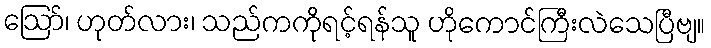
ဪ၊ ဟုတ်လား၊ သည်ကကိုရင့်ရန်သူ ဟိုကောင်ကြီးလဲသေပြီဗျ။